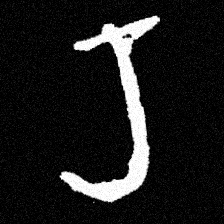
Pyu character \u2014 Myanmar letter: ရ (romanized: ra)